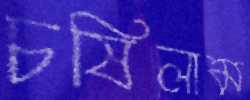
চষিলাম